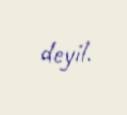
deyil.